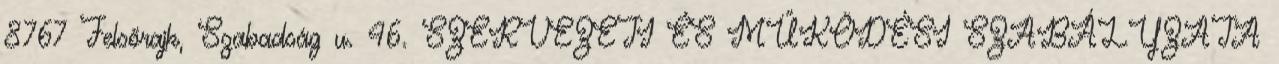
8767 Felsőrajk, Szabadság u. 46. SZERVEZETI ÉS MŰKÖDÉSI SZABÁLYZATA